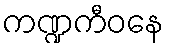
ကဏ္ဍကီဝနေ